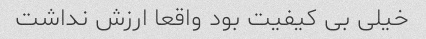
خیلی بی کیفیت بود واقعا ارزش نداشت